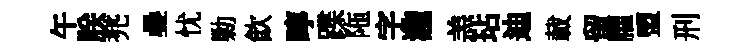
午朕兠疊忧勦飮嚀蹀陁字瀧羔玷迪載留臞盟刑